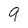
Character: 9